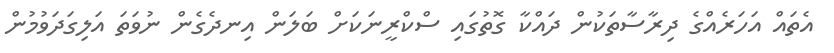
އެތައް އަހަރެއްގެ ދިރާސާތަކުން ދައްކާ ގޮތުގައި ސްކްރީނަކަށް ބަލަން އިނދެގެން ނުވަތަ އަލިގަދަވުމުން